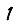
Digit: 1